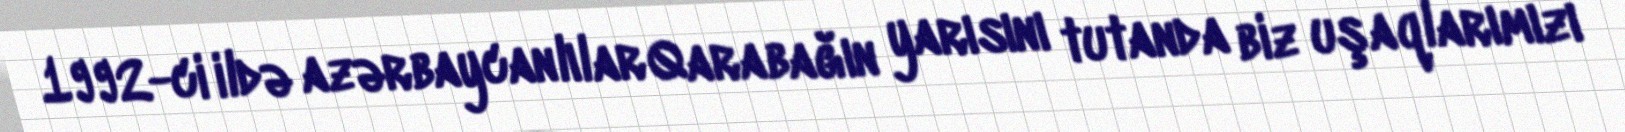
1992-ci ildə azərbaycanlılar Qarabağın yarısını tutanda biz uşaqlarımızı